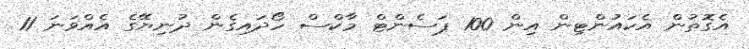
އެގޮތުން އެކައުންޓިން އިން 100 ޕަސެންޓް މާކްސް ހޯދައިގެން ދުނިޔޭގެ އެއްވަނަ 11